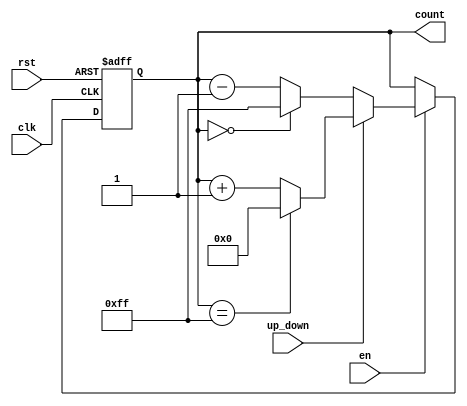
module UpDownCounter #(
    parameter N = 8,   // Width of the counter (number of bits)
    parameter MAX_COUNT = (1 << N) - 1 // Maximum count value
)(
    input wire clk,                // Clock input
    input wire rst,                // Asynchronous reset
    input wire up_down,            // Up/Down control signal
    input wire en,                 // Enable signal
    output reg [N-1:0] count       // N-bit output count
);

    // Asynchronous reset functionality
    always @(posedge clk or posedge rst) begin
        if (rst) begin
            count <= 0;             // Initialize counter to 0 on reset
        end else if (en) begin
            if (up_down) begin
                if (count == MAX_COUNT)
                    count <= 0;        // Wrap around to 0 if max count reached
                else
                    count <= count + 1; // Increment counter
            end else begin
                if (count == 0)
                    count <= MAX_COUNT; // Wrap around to max count if at 0
                else
                    count <= count - 1; // Decrement counter
            end
        end
    end

endmodule